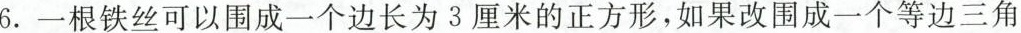
6.一根铁丝可以围成一个边长为3厘米的正方形，如果改围成一个等边三角